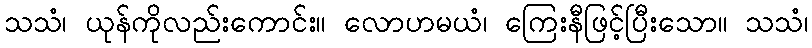
သသံ၊ ယုန်ကိုလည်းကောင်း။ လောဟမယံ၊ ကြေးနီဖြင့်ပြီးသော။ သသံ၊